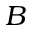
B